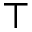
^ { \top }